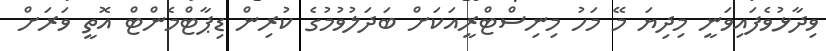
ވިދާޅުވެފައިވަނީ މިދިޔަ މޭ މަހު މިނިސްޓްރީއަކަށް ބަދަލުވުމުގެ ކުރިން ޑިޕާޓްމެންޓް އޮތީ ވަރަށް